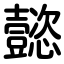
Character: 懿